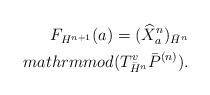
LaTeX: \begin{align*}F_{H^{n+1}}(a) = (\widehat{X}^{n}_{a})_{\bar{H}^{n}} \\mathrm{mod} ( T^{v}_{\bar{H}^{n}} \bar{P}^{(n)}).\end{align*}